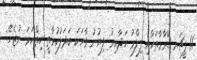
11 ފީޗަރ ޑްރާމާތަކާއި ފިލްމު ހަދާއިރު ލިޔުނު ވާހަކަ ބަދަލުކުރާތީ ހިތްހަމަ ނުޖެހޭ: